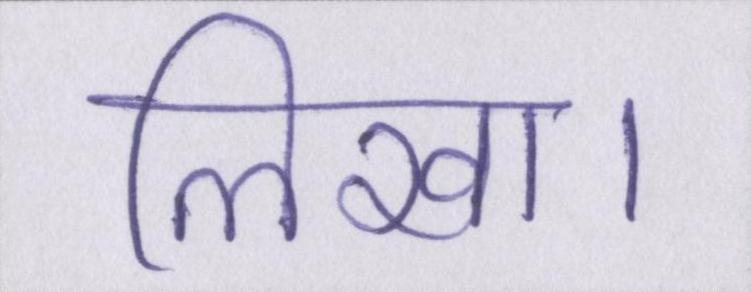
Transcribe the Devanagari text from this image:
लिखा।